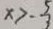
x > - \frac { 5 } { 3 }